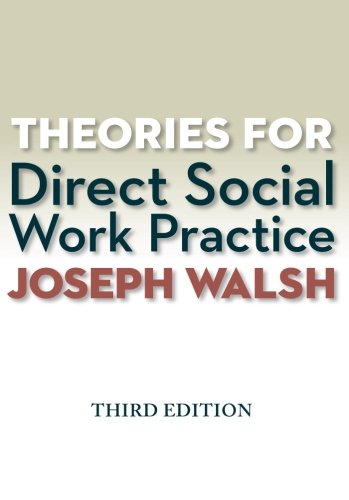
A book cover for Theories for Direct Social Work Practice (Book Only); Joseph Walsh; Test Preparation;